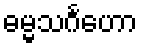
ဓမ္မသင်္ဂဟော